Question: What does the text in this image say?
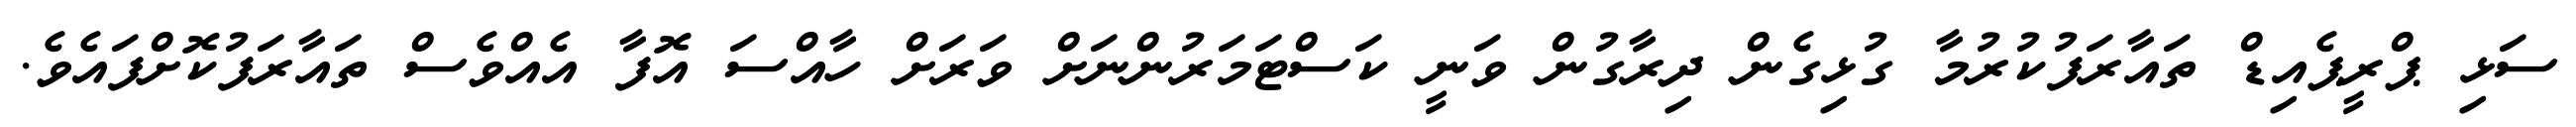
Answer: ސަޅި ޕްރީޕެއިޑް ތައާރަފުކުރުމާ ގުޅިގެން ދިރާގުން ވަނީ ކަސްޓަމަރުންނަށް ވަރަށް ހާއްސަ އޮފާ އެއްވެސް ތައާރަފުކޮށްފައެވެ.